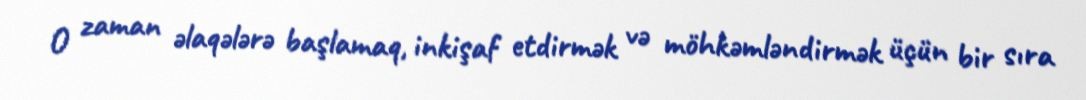
O zaman əlaqələrə başlamaq, inkişaf etdirmək və möhkəmləndirmək üçün bir sıra